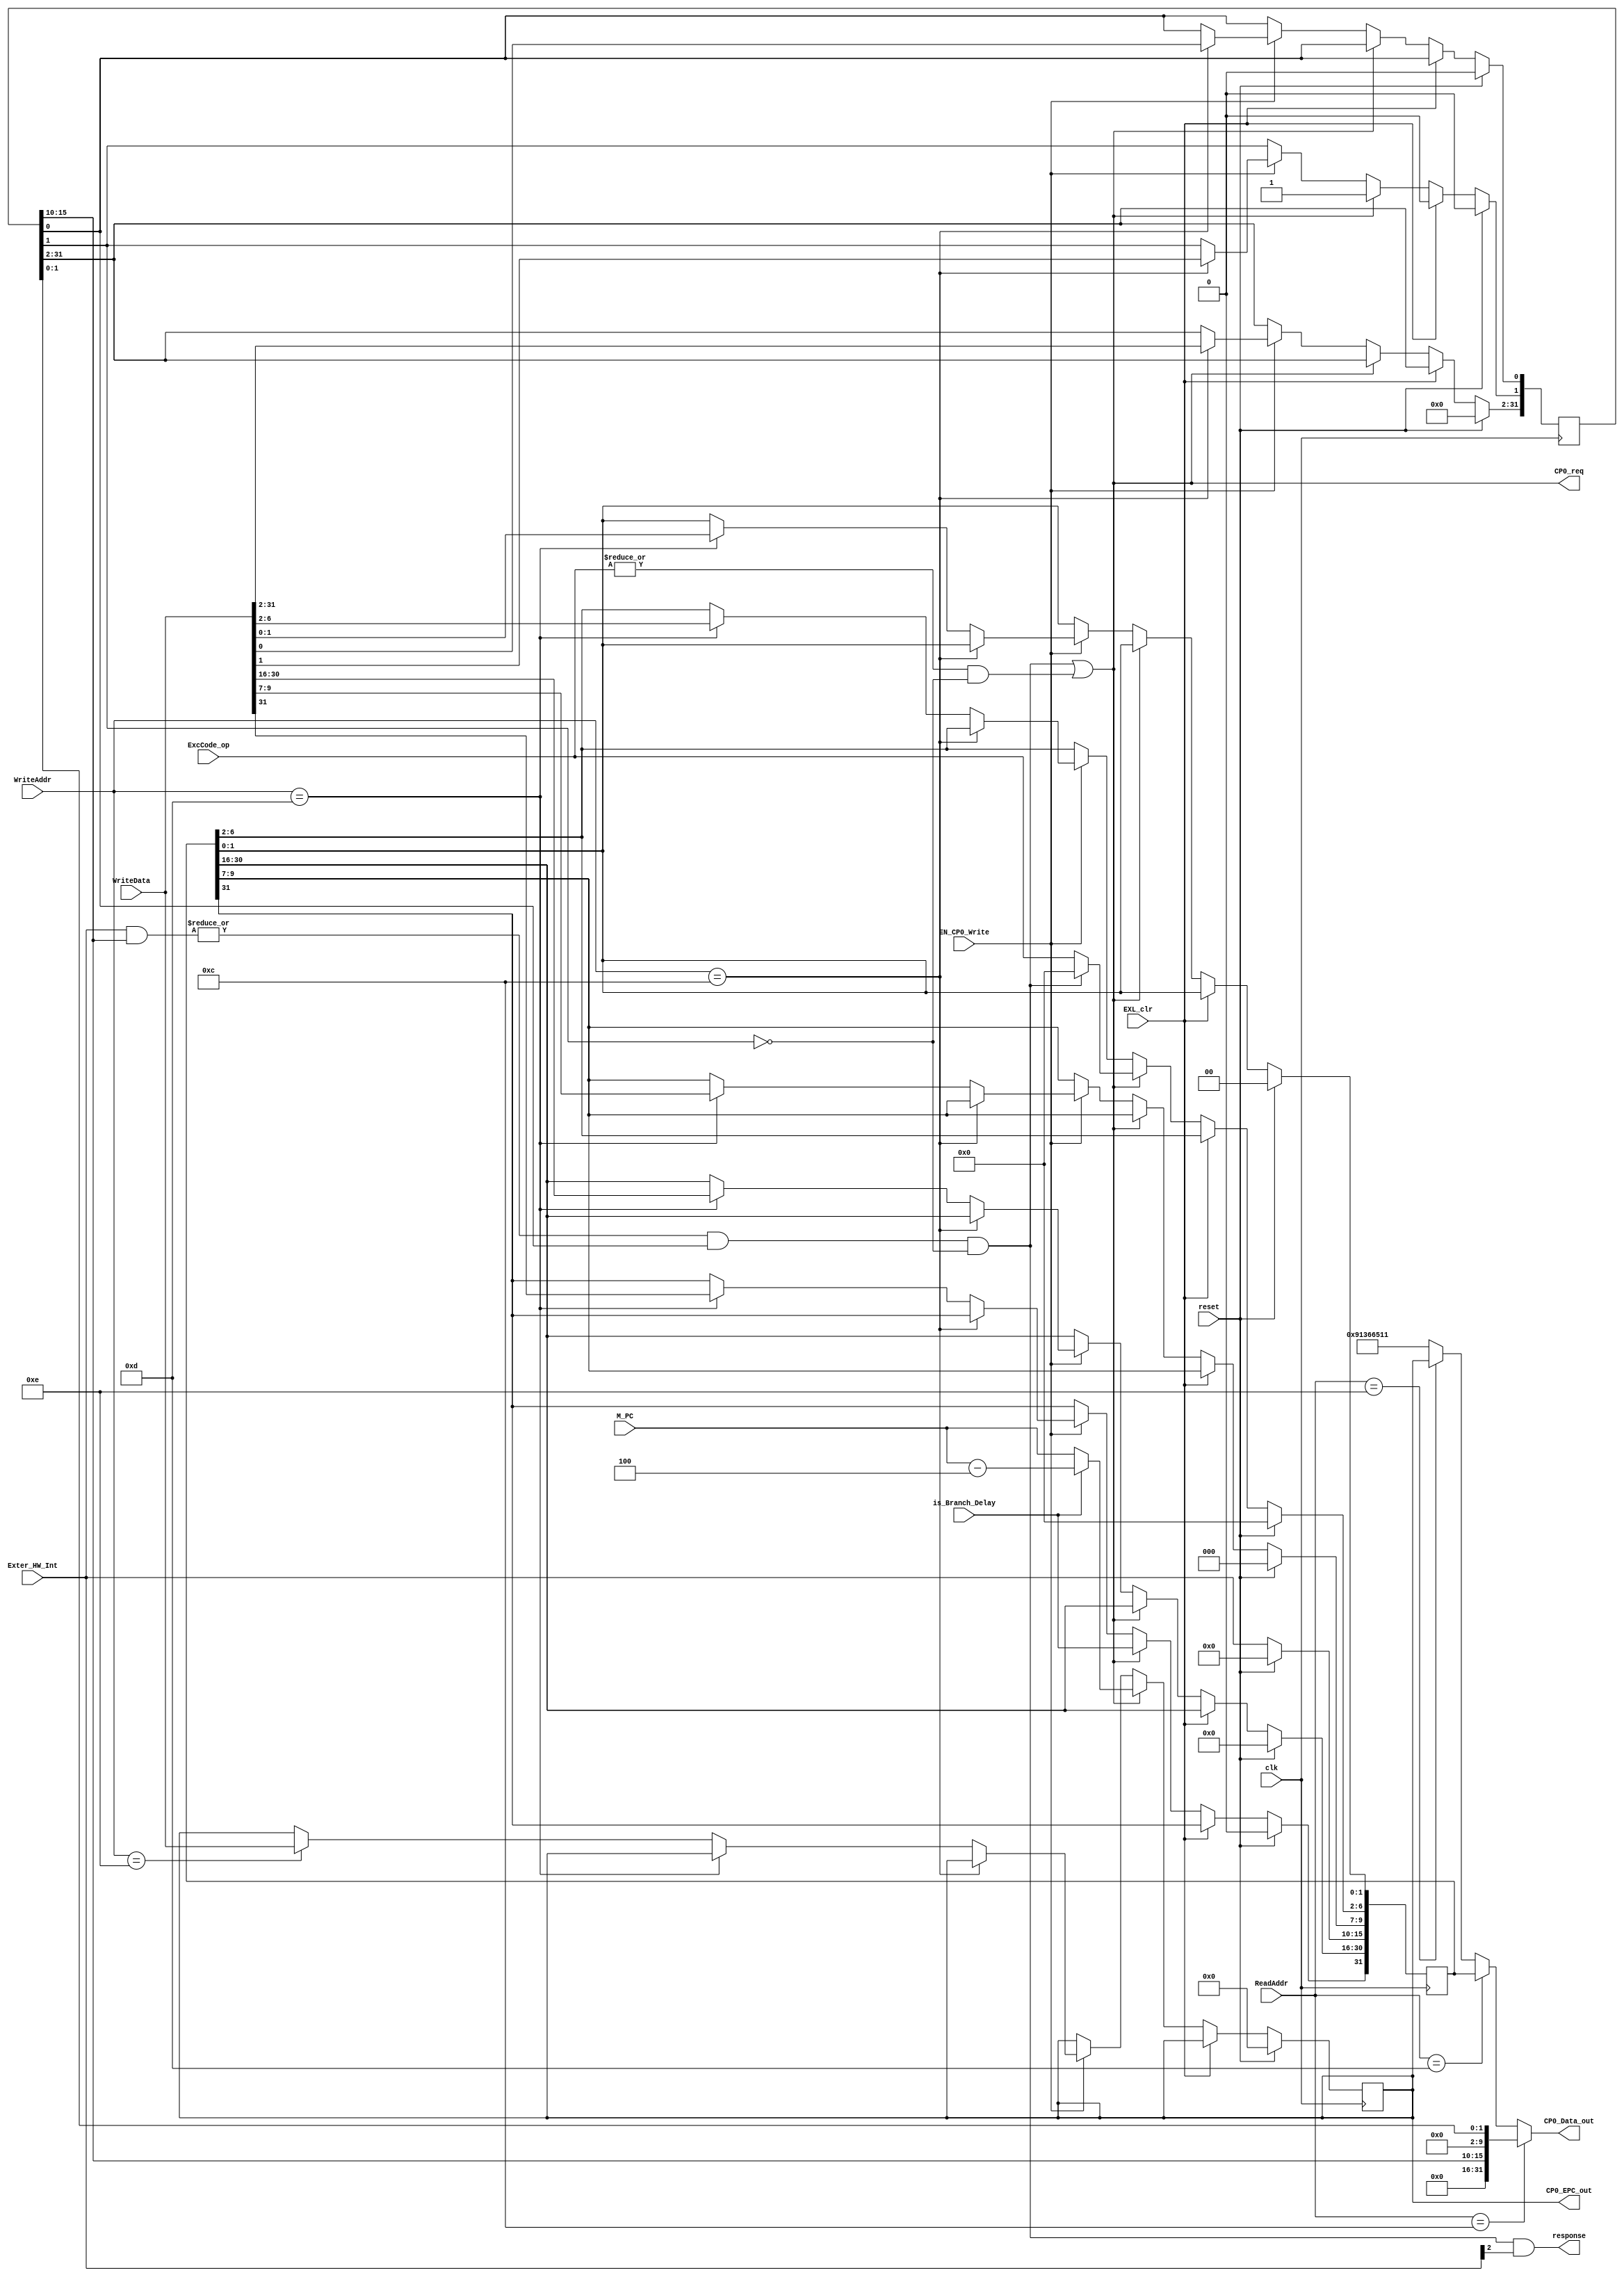
`timescale 1ns / 1ps
//-----------------------------------------------------------------------------------------------------------------
`define SR_addr		  12
`define Cause_addr	  13
`define EPC_addr      14

`define IM        SR[15:10]           //
`define EXL       SR[1]               //
`define IE        SR[0]               //
`define BD        Cause[31]           //PCPC-4
`define IP        Cause[15:10]        //
`define ExcCode   Cause[6:2]          //
//-----------------------------------------------------------------------------------------------------------------


//--------------------------------------------------------------------------------------------------------
module CP0 (
    input clk,
    input reset,
    input EN_CP0_Write,
    input [4:0] ReadAddr,
    input [4:0] WriteAddr,
    input [31:0] WriteData,
    input [31:0] M_PC,                    //PCis_BDPC
    
    input [4:0] ExcCode_op,               //
    input is_Branch_Delay,                //
    input [5:0] Exter_HW_Int,             //
    input EXL_clr,                        //EXL
    
    output CP0_req,                       ///
    output [31:0] CP0_EPC_out,         
    output [31:0] CP0_Data_out,
    output response
    );
//---------------------------------------------------------------------------------------------------------------------    


//define reg-----------------------------------------------------------------------------------------------------------
    reg [31:0] SR;
    reg [31:0] Cause;
    reg [31:0] EPC;
//---------------------------------------------------------------------------------------------------------------------


//read------------------------------------------------------------------------------------------------------------------
    assign CP0_Data_out = (ReadAddr == `SR_addr) ? {16'H0000, `IM, 8'H00, `EXL, `IE} :
					      (ReadAddr == `Cause_addr) ? Cause :
					      (ReadAddr == `EPC_addr) ? EPC :
					                          32'H9136_6511;

    assign CP0_EPC_out = EPC;
//-----------------------------------------------------------------------------------------------------------------------


//Interrupt_request-------------------------------------------------------------------------------------------------------
    wire Exter_hardware_interrupt = (|(Exter_HW_Int & `IM)) & (`IE) & (!`EXL);                        //
    wire Inter_exception_interrupt = (|ExcCode_op) & (!`EXL);                                         //

    assign CP0_req = (Exter_hardware_interrupt | Inter_exception_interrupt);

    assign response = (Exter_hardware_interrupt) & (Exter_HW_Int[2]);
//-------------------------------------------------------------------------------------------------------------------------


//write-------------------------------------------------------------------------------------------------------------------
    always @(posedge clk) begin
        if (reset) begin
            SR <= 32'H0000_0000;
            Cause <= 32'H0000_0000;
            EPC <= 32'H0000_0000;                    
        end
        else if (EXL_clr) begin
            `EXL <= 1'b0;
        end
        else if (CP0_req) begin
            `BD <= is_Branch_Delay;
            `EXL <= 1'b1;
            `ExcCode <= (Exter_hardware_interrupt) ? 5'b00000 : ExcCode_op;
            EPC <= (is_Branch_Delay) ? M_PC - 4 : M_PC;                          
        end
        else if (EN_CP0_Write) begin
            if (WriteAddr == `SR_addr) begin
                SR <= WriteData;    
            end
            else if (WriteAddr == `Cause_addr) begin
                Cause <= WriteData;
            end
            else if (WriteAddr == `EPC_addr) begin
                EPC = WriteData;
            end
        end


        if (!reset) begin
            `IP <= Exter_HW_Int;
        end
    end 
//---------------------------------------------------------------------------------------------------------------------------

endmodule